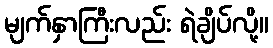
မျက်နှာကြီးလည်း ရဲချိပ်လို့။